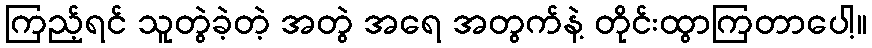
ကြည့်ရင် သူတွဲခဲ့တဲ့ အတွဲ အရေ အတွက်နဲ့ တိုင်းထွာကြတာပေါ့။